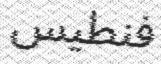
فنطيس